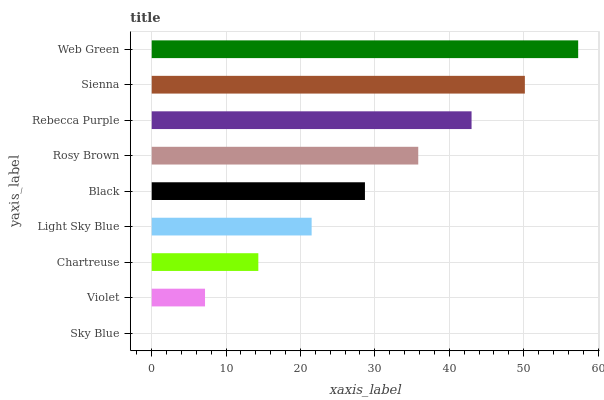
| yaxis_label | bars |
 | --- | --- |
 | Sky Blue | 0 |
 | Violet | 7.17 |
 | Chartreuse | 14.3 |
 | Light Sky Blue | 21.5 |
 | Black | 28.7 |
 | Rosy Brown | 35.8 |
 | Rebecca Purple | 43 |
 | Sienna | 50.2 |
 | Web Green | 57.3 |